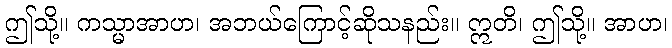
ဤသို့။ ကသ္မာအာဟ၊ အဘယ်ကြောင့်ဆိုသနည်း။ ဣတိ၊ ဤသို့။ အာဟ၊